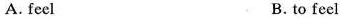
A. feel B. to feel